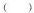
()